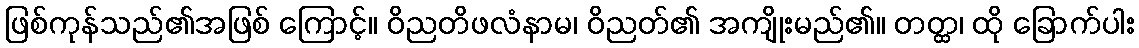
ဖြစ်ကုန်သည်၏အဖြစ် ကြောင့်။ ဝိညတိဖလံနာမ၊ ဝိညတ်၏ အကျိုးမည်၏။ တတ္ထ၊ ထို ခြောက်ပါး